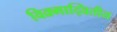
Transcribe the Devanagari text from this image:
विक्र्माद्वितीय